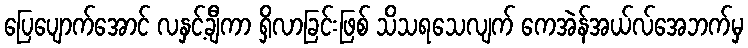
ပြေပျောက်အောင် လနှင့်ချီကာ ရှိလာခြင်းဖြစ် သိသရသေလျက် ကေအဲန်အယ်လ်အေဘက်မှ